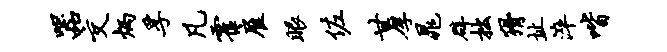
器交炳孚凡霍雇眼佐甘厚晁辟拙猾址淬喈